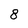
Character: 8